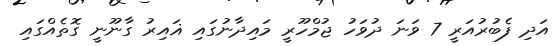
އަދި ފެބުރުއަރީ 7 ވަނަ ދުވަހު ޖުމްހޫރީ މައިދާނުގައި ޣައިރު ގާނޫނީ ގޮތެއްގައި